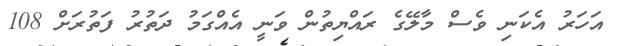
އަހަރު އެކަނި ވެސް މާލޭގެ ރައްޔިތުން ވަނީ އެއްގަމު ދަތުރު ފަތުރަށް 108